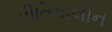
રીતિકાલીન